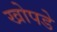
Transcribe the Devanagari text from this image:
खोपडे